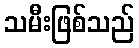
သမီးဖြစ်သည်